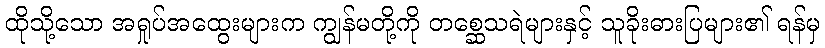
ထိုသို့သော အရှုပ်အထွေးများက ကျွန်မတို့ကို တစ္ဆေသရဲများနှင့် သူခိုးဓားပြများ၏ ရန်မှ